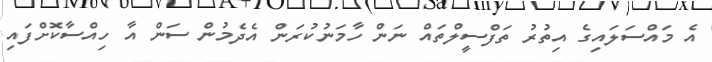
އެ މައްސަލައިގެ އިތުރު ތަފްސީލްތައް ނަން ހާމަނުކުރަން އެދެމުން ސަން އާ ހިއްސާކޮށްފައި